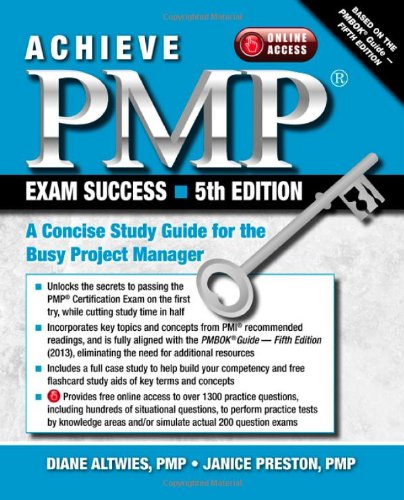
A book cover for Achieve PMP Exam Success, 5th Edition: A Concise Study Guide for the Busy Project Manager; Diane Altwies; Test Preparation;